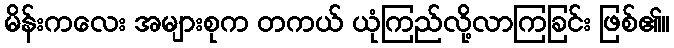
မိန်းကလေး အများစုက တကယ် ယုံကြည်လို့လာကြခြင်း ဖြစ်၏။